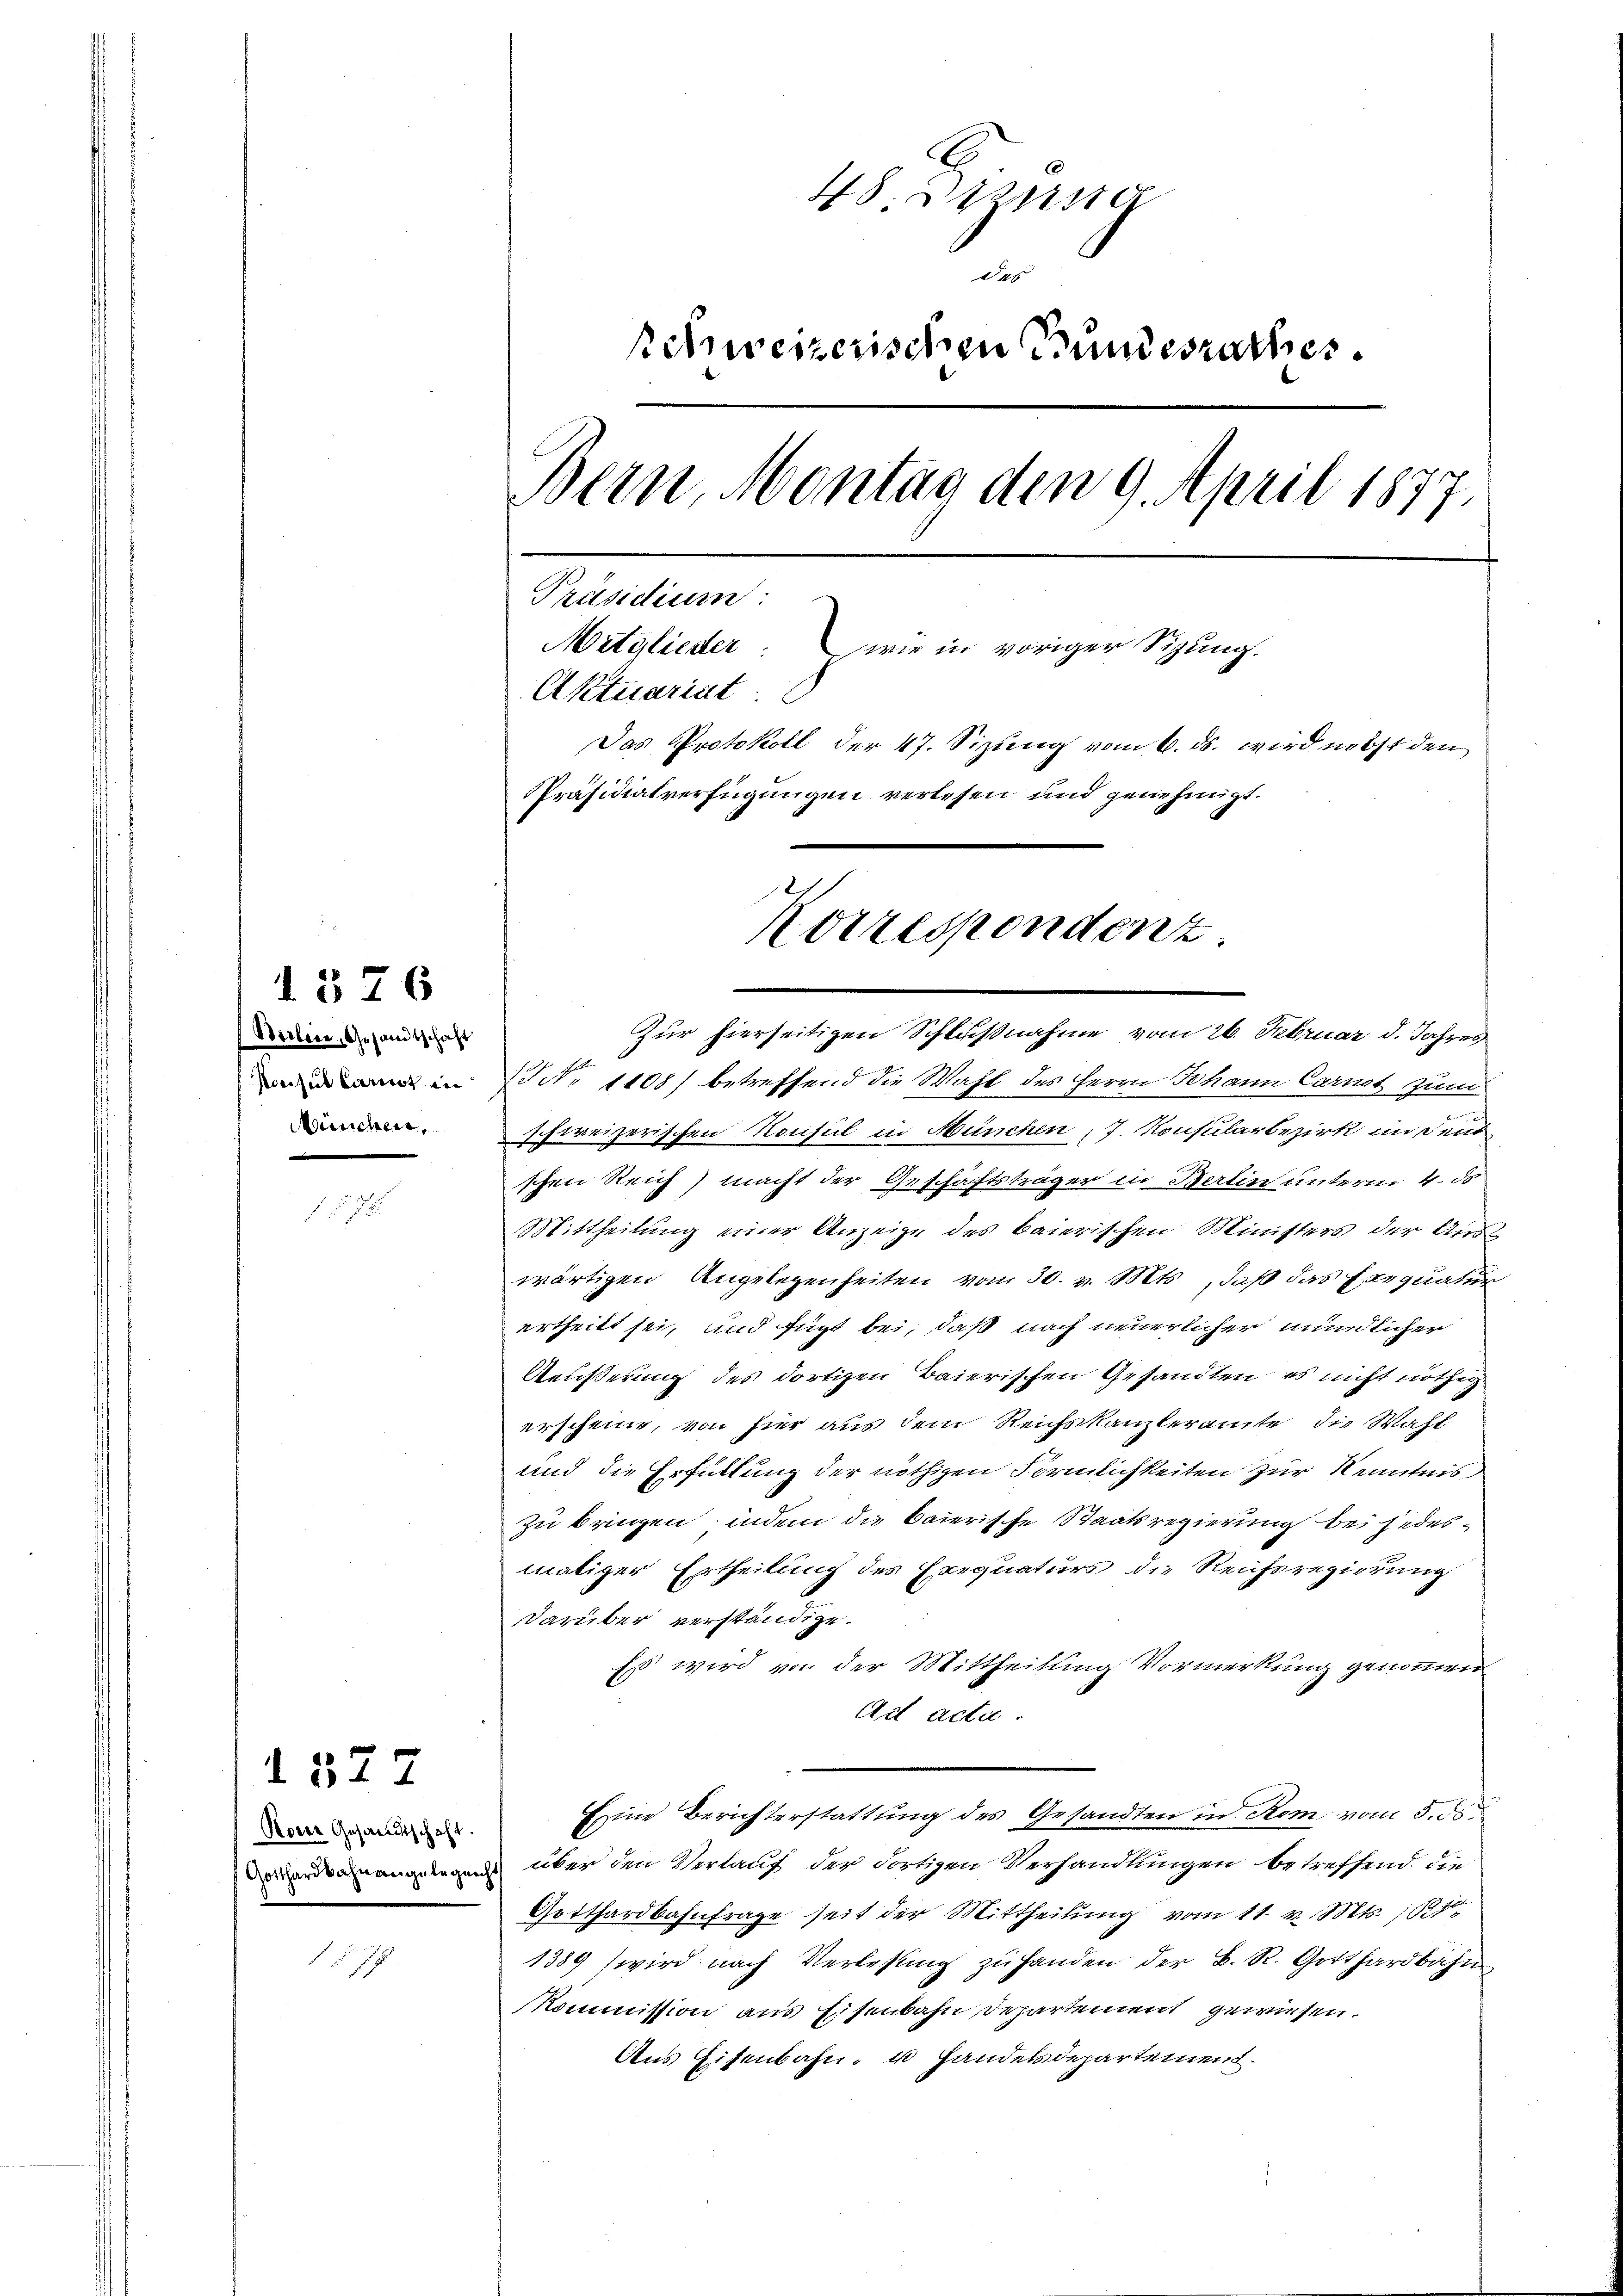
1376
Seilen, Gesandtschaft
Ponsul Carist in
Mischen,

Ron Gesandtschaft.
d

1377

1

48. 21111
des
Behweizerischen Bundesrathes.
Bern, Montag den 9. April 1877.
Präsidium:
Mitglieder: wie in voriger Sitzung.
Aktuariat
Das Protokoll der 47. Sizung vom 6. ds. wird nebst den
Präsidialverfügungen verlesen und genehmigt.
Korrespondenz.

Zur hierseitigen Schlußnahme vom 26. Februar d. Jahres
 N. 1108) betreffend die Wahl des Herrn Johann Carnot zum
schweizerischen Konsul in München; J. Konsularbezirk in den
schen Reich macht der Geschäftsträger in Berlin unterm 4. ds
Mittheilung einer Anzeige des baierischen Ministers der Aus
wärtigen Angelegenheiten vom 30. v. Mts., daß das Exequatur
ertheilt sei, und fügt bei, daß nach neuerlicher mündlicher
Aeußerung des dortigen Baierischen Gesandten, es nicht nöthig
erscheine, von hier aus dem Reichskanzleramte die Wahl
und die Erfüllung der nöthigen Förmlichkeiten zur Kenntnis
zu bringen, indem die baierische Staatsregierung bei jedesmaliger Ertheilung des Exequaturs die Reichsregierung
darüber verständige.
Es wird von der Mittheilung Vormerkung genommen
Ad actie.
Eine Berichterstattung des Gesandten in Rom vom 5. ds
gen über den Verlauf der dortigen Verhandlungen betreffend die
Gotthardbahnfrage seit der Mittheilung vom 11. v. Mts.
1389 (wird nach Verlesung zŭ handen der B. R. Gotthardbahn,
Kommission aus Eisenbahn Departement gewiesen.
Aus Eisenbahn- u Handelsdepartement.